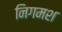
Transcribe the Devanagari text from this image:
निगमश